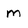
Character: m